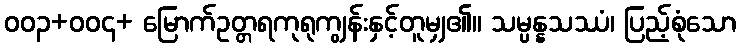
၀၀၃+၀၀၄+ မြောက်ဥတ္တရကုရုကျွန်းနှင့်တူမျှ၏။ သမ္ပန္နသဿံ၊ ပြည့်စုံသော